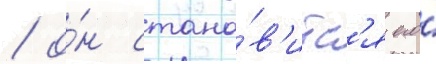
/ о́н стано́в'итс'я его́